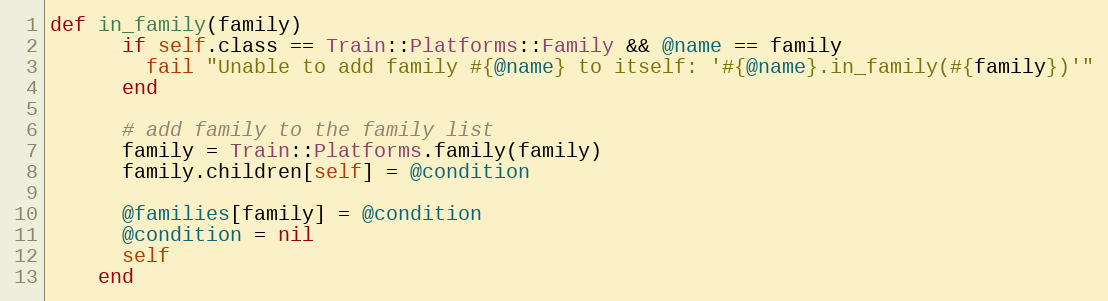
Language: Ruby
def in_family(family)
      if self.class == Train::Platforms::Family && @name == family
        fail "Unable to add family #{@name} to itself: '#{@name}.in_family(#{family})'"
      end

      # add family to the family list
      family = Train::Platforms.family(family)
      family.children[self] = @condition

      @families[family] = @condition
      @condition = nil
      self
    end